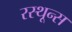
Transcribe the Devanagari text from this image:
रस्थून्स